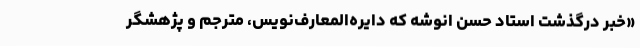
«خبر درگذشت استاد حسن انوشه که دایره‌المعارف‌نویس، مترجم و پژهشگر